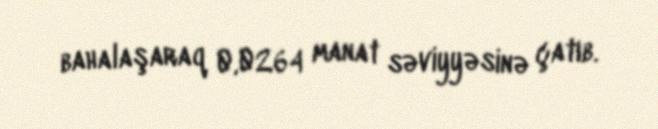
bahalaşaraq 0,0264 manat səviyyəsinə çatıb.